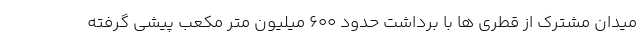
میدان مشترک از قطری ها با برداشت حدود ٦٠٠ میلیون متر مکعب پیشی گرفته